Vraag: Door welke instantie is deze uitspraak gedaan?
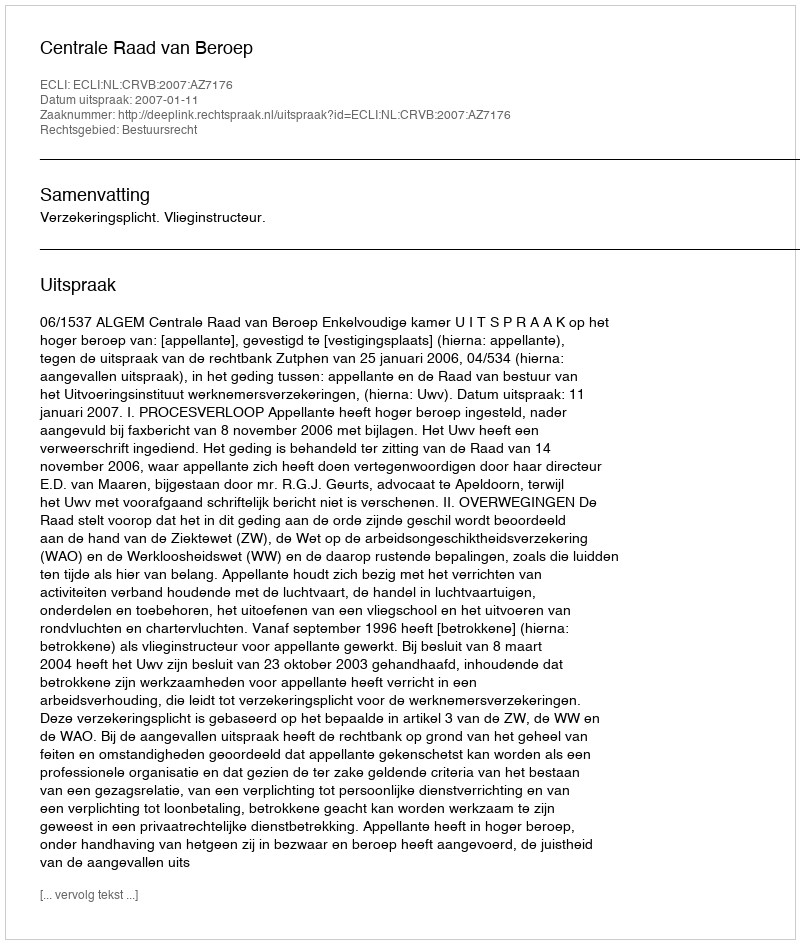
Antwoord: Centrale Raad van Beroep